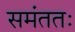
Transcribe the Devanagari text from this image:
समंततः